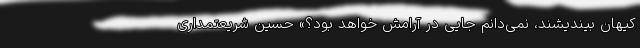
کیهان بیندیشند، نمی‌دانم جایی در آرامش خواهد بود؟» حسین شریعتمداری